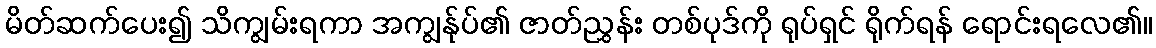
မိတ်ဆက်ပေး၍ သိကျွမ်းရကာ အကျွန်ုပ်၏ ဇာတ်ညွှန်း တစ်ပုဒ်ကို ရုပ်ရှင် ရိုက်ရန် ရောင်းရလေ၏။